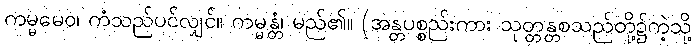
ကမ္မမေဝ၊ ကံသည်ပင်လျှင်။ ကမ္မန္တံ၊ မည်၏။ (အန္တပစ္စည်းကား သုတ္တန္တစသည်တို့၌ကဲ့သို့